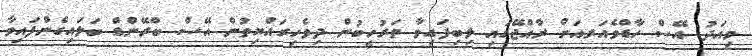
މިއަދު އޭސް ހާޑްވެއަރއަށް ރާއްޖޭގައި ލިބިފައިވާ ތަރުހީބުން ދިވެހިރައްޔިތުން އޭސް ބްރޭންޑް ބަލައިގެންފައިވާ